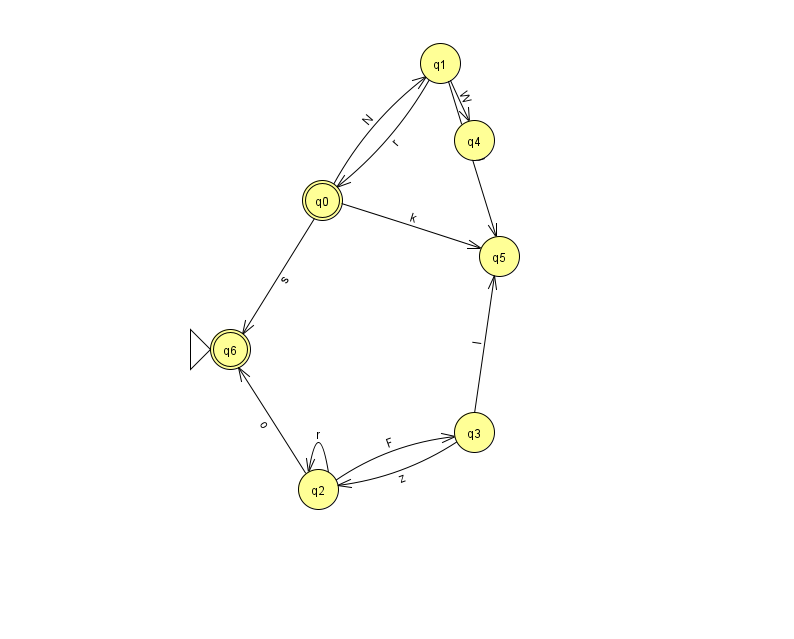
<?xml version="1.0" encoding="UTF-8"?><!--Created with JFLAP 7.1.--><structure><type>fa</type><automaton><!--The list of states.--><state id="0" name="q0"><x>322.0</x><y>187.0</y><final/></state><state id="1" name="q1"><x>440.0</x><y>50.0</y></state><state id="2" name="q2"><x>318.0</x><y>476.0</y></state><state id="3" name="q3"><x>474.0</x><y>419.0</y></state><state id="4" name="q4"><x>474.0</x><y>127.0</y></state><state id="5" name="q5"><x>499.0</x><y>243.0</y></state><state id="6" name="q6"><x>230.0</x><y>336.0</y><initial/><final/></state><!--The list of transitions.--><transition><from>2</from><to>3</to><read>F</read></transition><transition><from>2</from><to>6</to><read>o</read></transition><transition><from>0</from><to>6</to><read>s</read></transition><transition><from>0</from><to>5</to><read>k</read></transition><transition><from>1</from><to>0</to><read>r</read></transition><transition><from>2</from><to>2</to><read>r</read></transition><transition><from>1</from><to>4</to><read>W</read></transition><transition><from>1</from><to>5</to><read>U</read></transition><transition><from>3</from><to>2</to><read>z</read></transition><transition><from>0</from><to>1</to><read>N</read></transition><transition><from>3</from><to>5</to><read>l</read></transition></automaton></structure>